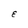
Character: E